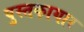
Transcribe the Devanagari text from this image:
पुस्तकागार